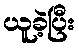
ယူခဲ့ပြီး